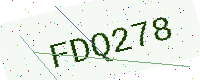
Text: FDQ278